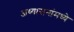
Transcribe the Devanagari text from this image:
अध्यासनांमध्ये